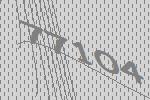
77104